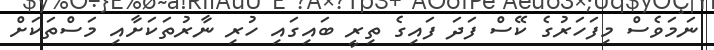
ނަމަވެސް މިފަހަރުގެ ކޭސް ފަދަ ފައިގެ ތިރީ ބައިގައި ހުރި ނާރުތަަކަށާއި މަސްތަކަށް